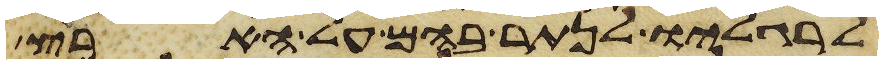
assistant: לרגליו לנתר בהם על הארץ